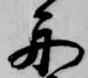
舟